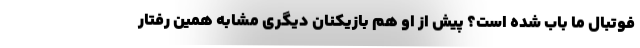
فوتبال ما باب شده است؟ پیش از او هم بازیکنان دیگری مشابه همین رفتار